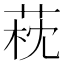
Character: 萙